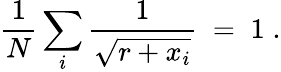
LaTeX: {\frac{1}{N}}\sum_{i}{\frac{1}{\sqrt{r+x_{i}}}}\; =\; 1\; .